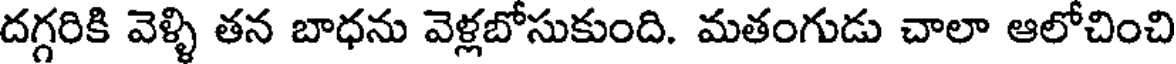
దగ్గరికి వెళ్ళి తన బాధను వెళ్లబోసుకుంది. మతంగుడు చాలా ఆలోచించి